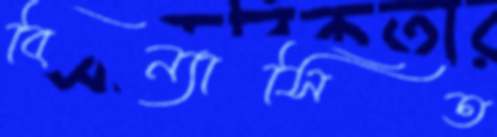
বিন্যাসিত